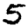
Digit: 5